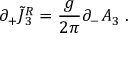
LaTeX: \partial _ { + } \tilde { J } { ^ { R } _ { 3 } } = { \frac { g } { 2 \pi } } \partial _ { - } A _ { 3 } \; .